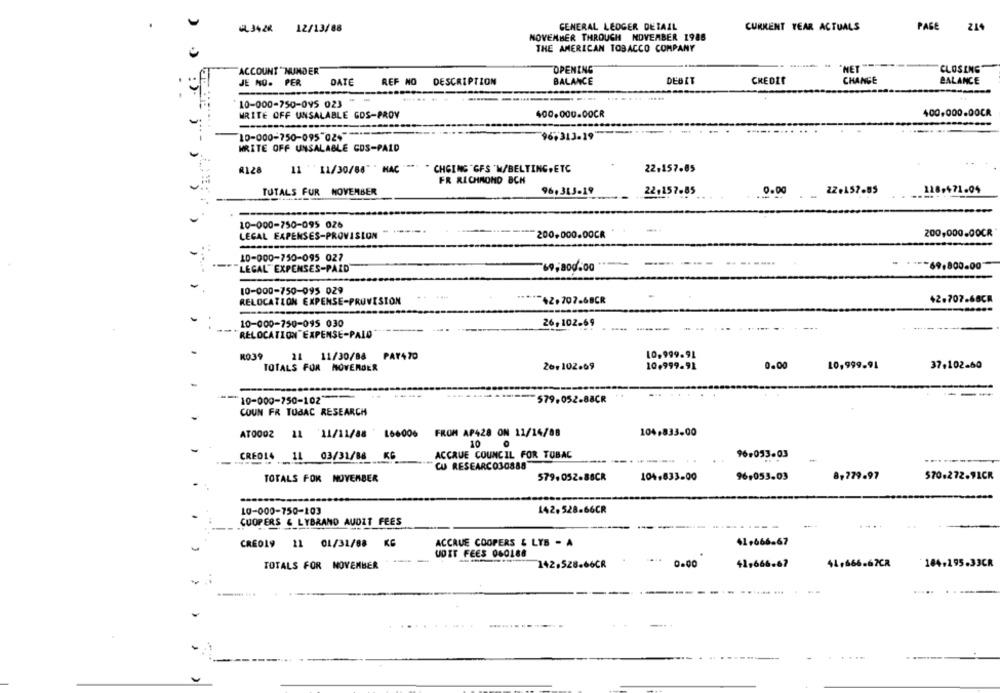
GL3428 12/13/88
GENERAL LEDGER DETAIL
CURRENT YEAR ACTUALS
PAGE 214
NOVEMBER THROUGH NOVEMBER 1986
THE AMERICAN TOBACCO COMPANY
OPENING
*NET
CLOSING
ACCOUNT "NUNDER
JE MO. PER
DATE
REF NO
DESCRIPTION
BALANCE
DEBET
CHANGE
BALANCE
10-000-750-095 023
WRITE OFF UNSALABLE GOS-PROV
400.000.00CR
400.000.00CR
10-000-750-095 024
96,313-19
WRITE OFF UNSALABLE CDS-PAID
R128
11 '11/30/88" HAC " *** * CHGING "GFS 'M/BELTING, ETC
22,157.85
FR RICHMOND BCH
TUTALS FUR NOVEMBER
96,313-19
22.157-85
0.00
118,471.04
10-000-750-095 026
LEGAL EXPENSES-PROVISION
200,000.00CR
200,000.00CR
10-000-750-095 027
"LEGAL" EXPENSES-PAID"
69,800.00
-69,800.00
10-000-750-095 029
42.707.68CR
RELOCATION EXPENSE-PROVISION
"+2.707.68CR
10-000-750-095 030
26, 102.69
RELOCATION EXPENSE-PALD
10,999.91
KO39
11/30/88 PAY470
TOTALS FOR NOVEMBER
261102.09
10.999.91
0.00
10,999.94
37.102.60
10-000-750-102
579.052.88CR
COUN FR TUBAC RESEARCH
AT0002 11 11/11/88 ' 166006
FROM AP428 ON 11/14/88
104,833.00
10
CREO14 1L 03/31/88 KG
ACCRUE COUNCIL FOR TUBAC
--
96.053-03
CU RESEARCO30888
TOTALS FOR NOVEMBER
579.052.88CR
104.833.00
96,053.03
8,779.97
$70.272.9LCR
10-000-750-103
142,528.66CR
COOPERS & LYBRAND AUDIT FEES
CREO19 11 01/31/88 KG
ACCRUE COOPERS & LYS - A
41.666-67
UDIT FEES 060188
TOTALS FOR NOVEMBER
142.528.
.. 0.00
41,666-67
41.666-67CR
104.195.33CR
-